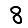
Digit: 8